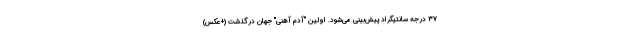
۳۷ درجه سانتیگراد پیش‌بینی می‌شود. اولین "آدم آهنی" جهان درگذشت (+عکس)